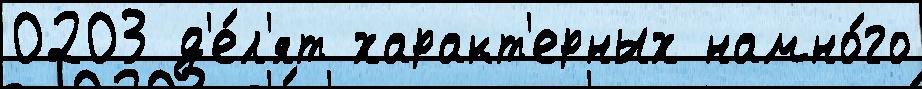
0203 д'е́л'ят характ'ерных намно́го